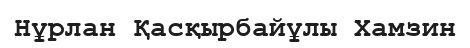
Нұрлан Қасқырбайұлы Хамзин